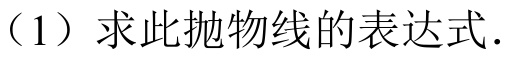
（1）求此抛物线的表达式.